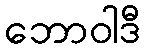
ဘောဝါဒီ